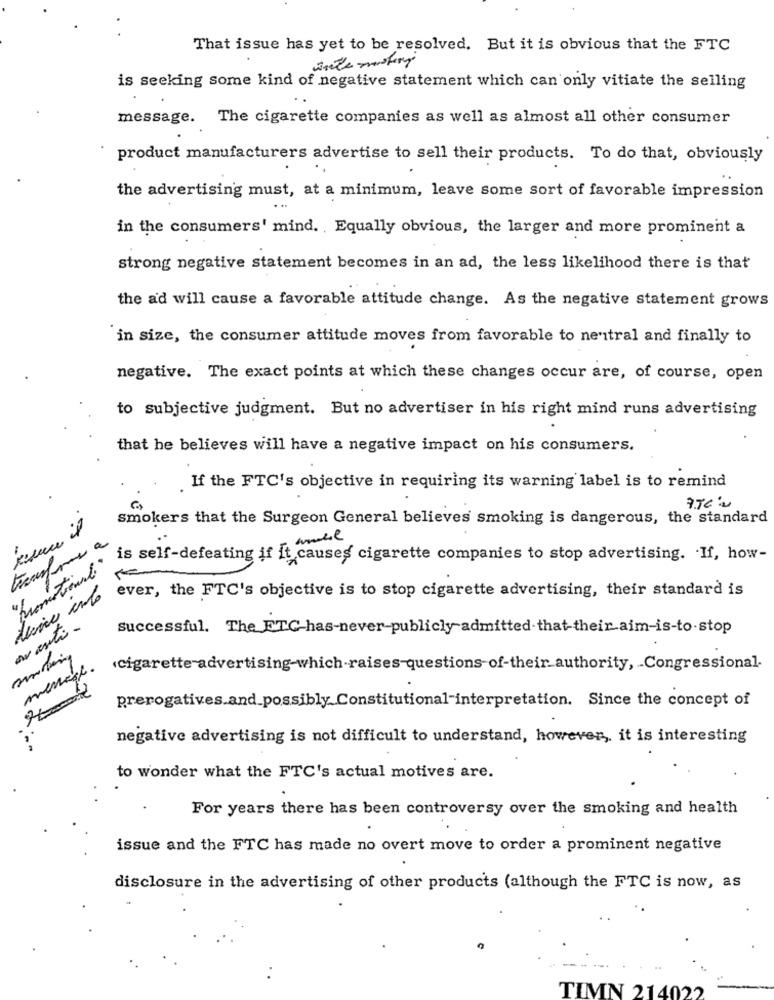
That issue has yet to be resolved. But it is obvious that the FTC
is seeking some kind of negative statement which can only vitiate the selling
message. The cigarette companies as well as almost all other consumer
product manufacturers advertise to sell their products. To do that, obviously
the advertising must, at a minimum, leave some sort of favorable impression
in the consumers' mind. Equally obvious, the larger and more prominent a
strong negative statement becomes in an ad, the less likelihood there is that
the ad will cause a favorable attitude change. As the negative statement grows
in size, the consumer attitude moves from favorable to neutral and finally to
negative. The exact points at which these changes occur are, of course, open
to subjective judgment. But no advertiser in his right mind runs advertising
that he believes will have a negative impact on his consumers.
If the FTC's objective in requiring its warning label is to remind
smokers that the Surgeon General believes smoking is dangerous, the standard
is self-defeating if it causes cigarette companies to stop advertising. If, how-
"Promotional"
ever, the FTC's objective is to stop cigarette advertising, their standard is
av asta-
successful. The ETC-has-never-publicly admitted that-their aim-is-to.stop
‹cigarette advertising-which-raises-questions- of-their authority, Congressional-
prerogatives.and possibly Constitutional-interpretation. Since the concept of
negative advertising is not difficult to understand, however, it is interesting
to wonder what the FTC's actual motives are.
For years there has been controversy over the smoking and health
issue and the FTC has made no overt move to order a prominent negative
disclosure in the advertising of other products (although the FTC is now, as
TIMN 214022